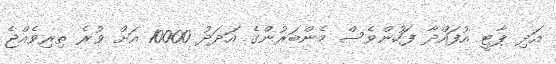
އަދި ޕާޓީ އުފައްދާ ފަހުންވެސް މެންބަރުންގެ އަދަދު 10000 އަށް ވުރެ ތިރިވެއްޖެ